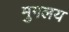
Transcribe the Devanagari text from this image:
मुगलय